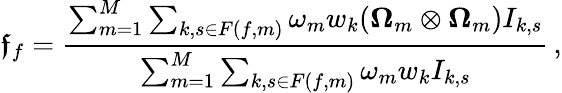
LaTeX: \boldsymbol{\mathfrak{f}}_{f}=\frac{\sum_{m=1}^{M}\sum_{k,s\in F(f,m)}\omega_{m}w_{k}(\boldsymbol{\Omega}_{m}\otimes\boldsymbol{\Omega}_{m})I_{k,s}}{\sum_{m=1}^{M}\sum_{k,s\in F(f,m)}\omega_{m}w_{k}I_{k,s}}\, ,